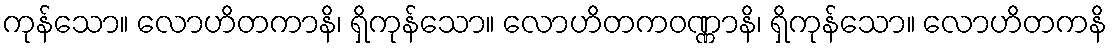
ကုန်သော။ လောဟိတကာနိ၊ ရှိကုန်သော။ လောဟိတကဝဏ္ဏာနိ၊ ရှိကုန်သော။ လောဟိတကနိ